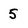
Character: 5